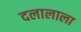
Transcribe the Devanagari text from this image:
दलालाला